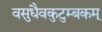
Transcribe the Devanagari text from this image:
वसुधैवकुटुम्बकम्